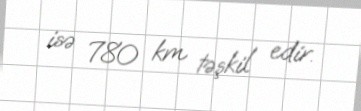
isə 780 km təşkil edir.